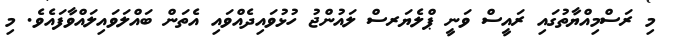
މި ރަސްމިއްޔާތުގައި ރައީސް ވަނީ ޕްލެޔަރސް ލައުންޖު ހުޅުވައިދެއްވައި އެތަން ބައްލަވައިލައްވާފައެވެ. މި